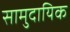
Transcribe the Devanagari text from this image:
सामुदायिक